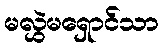
မလွှဲမရှောင်သာ